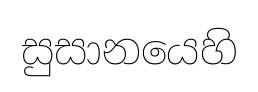
සුසානයෙහි